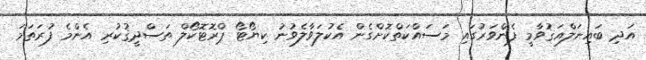
އަދި ބައިނަލްއަޤުވާމީ ފެންވަރުގައި މަސައްކަތްކޮށްގެން އެކުލަވާލެވުނު ކިޔޯޓޯ ޕްރޮޓޮކޯލް ތަސްދީޤުކުރި އެންމެ ފުރަތަމަ